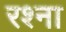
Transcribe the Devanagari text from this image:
रश्ना